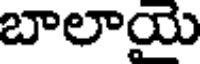
బాలాయై